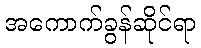
အကောက်ခွန်ဆိုင်ရာ